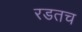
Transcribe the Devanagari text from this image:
रडतच